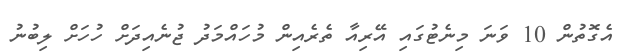
އެގޮތުން 10 ވަނަ މިނެޓުގައި އޭރިއާ ތެރެއިން މުހައްމަދު ޖުނެއިދަށް ހުހަށް ލިބުނު